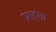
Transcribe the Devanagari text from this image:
प्रसह्ंसा